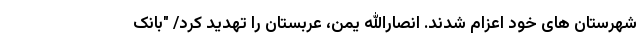
شهرستان های خود اعزام شدند. انصارالله یمن، عربستان را تهدید کرد/ "بانک